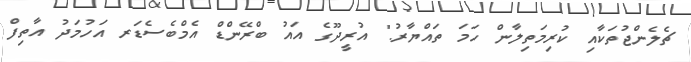
ޗެލެންޖުތަކާއި ކުރިމަތިލާން ހަމަ ތައްޔާރު." އުރީދޫގެ އައު ބްރޭންޑް އެމްބެސެޑަރ އަހުމަދު އާތިފް